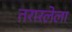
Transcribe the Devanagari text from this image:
तरारलेला